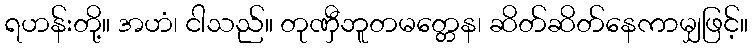
ရဟန်းတို့။ အဟံ၊ ငါသည်။ တုဏှီဘူတမတ္တေန၊ ဆိတ်ဆိတ်နေကာမျှဖြင့်။